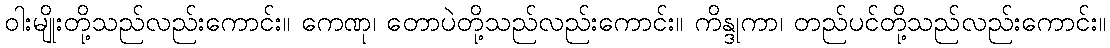
ဝါးမျိုးတို့သည်လည်းကောင်း။ ကေဏု၊ တောပဲတို့သည်လည်းကောင်း။ ကိန္ဒုကာ၊ တည်ပင်တို့သည်လည်းကောင်း။